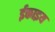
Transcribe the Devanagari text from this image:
ईकाइय